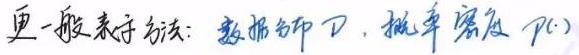
更一般表示法：数据分布 $D$，概率密度 $p(\cdot)$